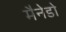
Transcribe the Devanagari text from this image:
मैनेडो